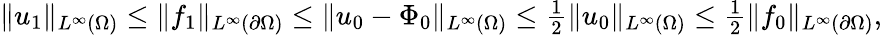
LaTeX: \begin{array}{r}{\| u_{1}\| _{L^{\infty}(\Omega)}\le\| f_{1}\| _{L^{\infty}(\partial\Omega)}\le\| u_{0}-\Phi_{0}\| _{L^{\infty}(\Omega)}\le\frac{1}{2}\| u_{0}\| _{L^{\infty}(\Omega)}\le\frac{1}{2}\| f_{0}\| _{L^{\infty}(\partial\Omega)},}\end{array}